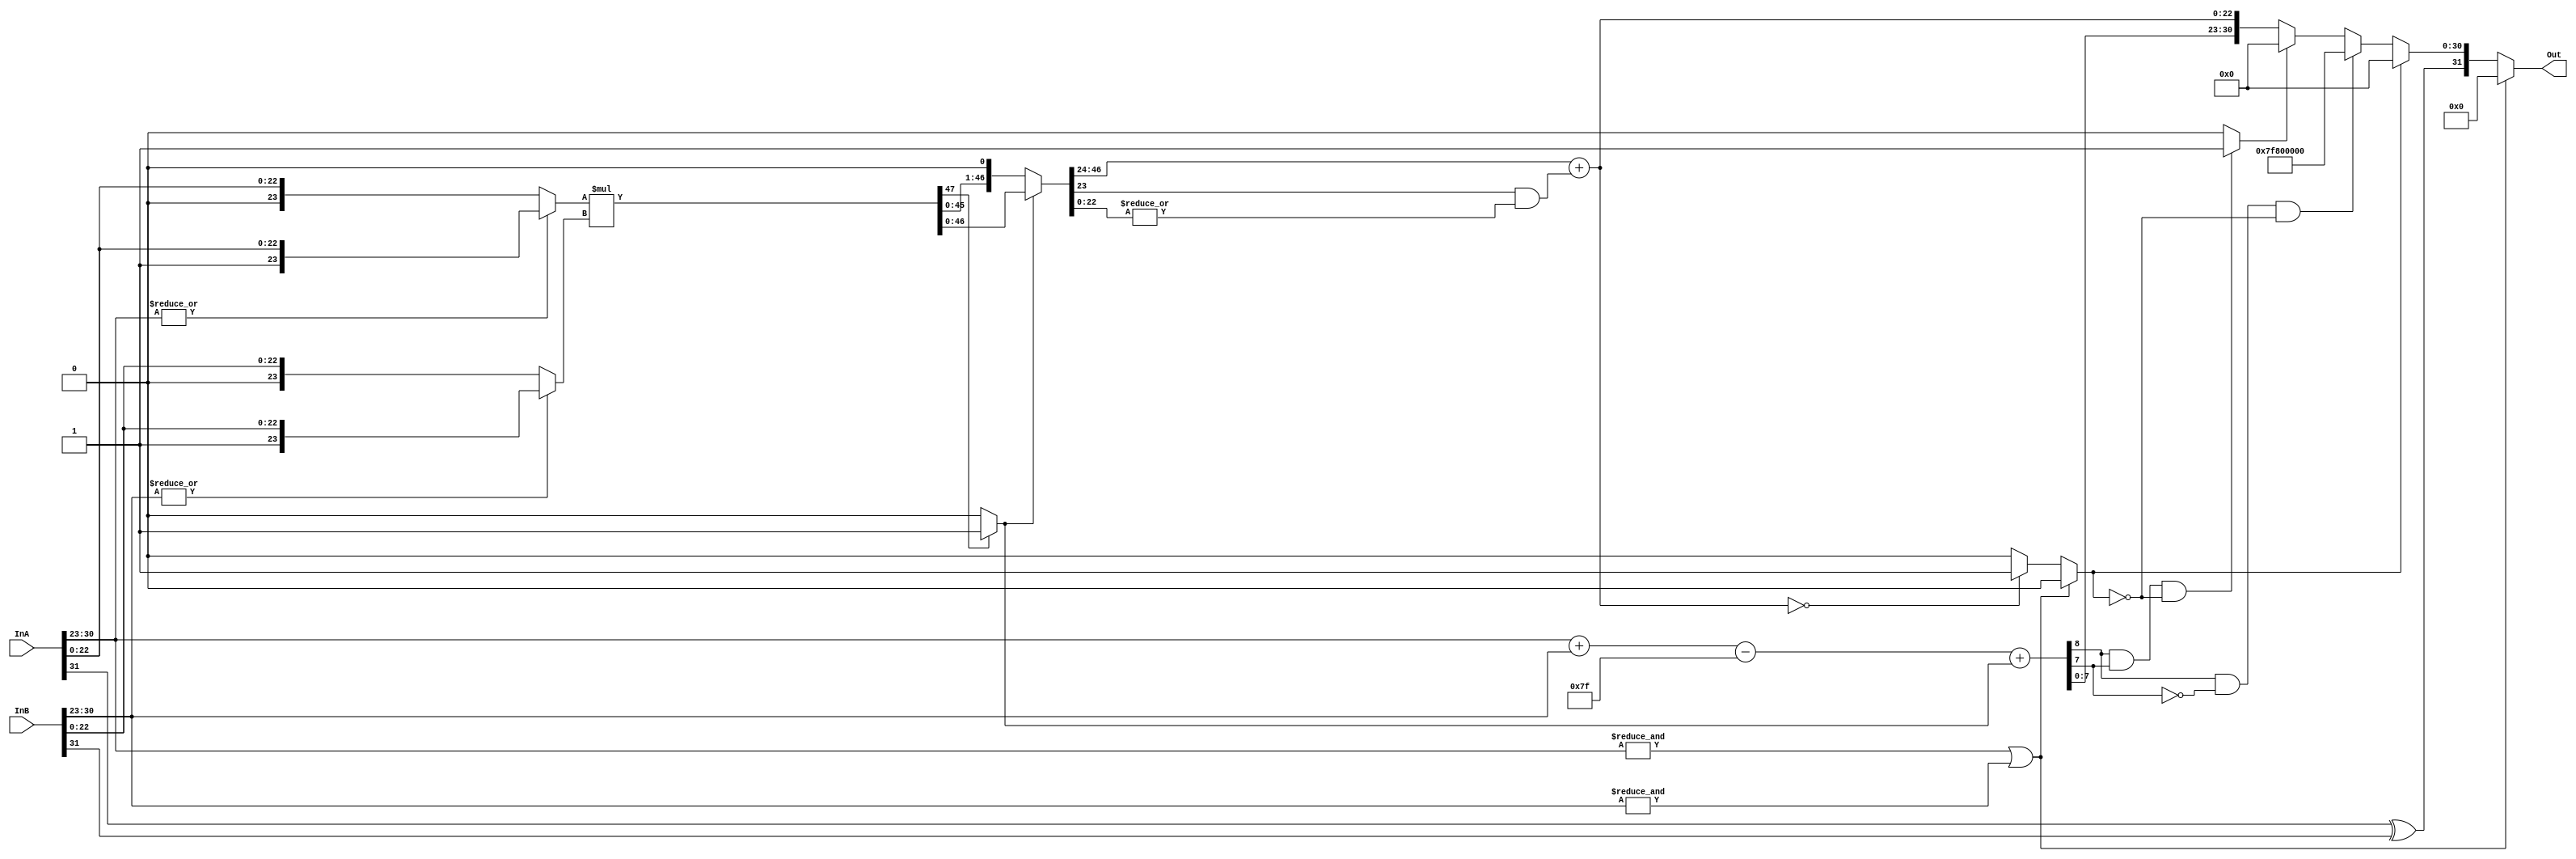
module Mul(
	input [31:0] InA,
	input [31:0] InB,
	output [31:0] Out
	);

	wire Sign,Rounded,PreExp,Zero;
	wire [8:0] Exp,SumExp;
	wire [22:0] Final;
	wire [23:0] TempA,TempB;
	wire [47:0] PreTempOut,TempOut;

	assign Sign = InA[31] ^ InB[31];
	assign Exception = (&InA[30:23]) | (&InB[30:23]);

	assign TempA = (|InA[30:23]) ? {1'b1,InA[22:0]} : {1'b0,InA[22:0]};
	assign TempB = (|InB[30:23]) ? {1'b1,InB[22:0]} : {1'b0,InB[22:0]};

	assign PreTempOut = TempA * TempB;			
	assign Rounded = |TempOut[22:0];  
	assign PreExp = PreTempOut[47] ? 1'b1 : 1'b0;	
	assign TempOut = PreExp ? PreTempOut : PreTempOut << 1;
	assign Final = TempOut[46:24] + (TempOut[23] & Rounded); 
	assign Zero = Exception ? 1'b0 : (Final == 23'd0) ? 1'b1 : 1'b0;
	assign SumExp = InA[30:23] + InB[30:23];
	assign Exp = SumExp - 8'd127 + PreExp;
	assign Overflow = ((Exp[8] & !Exp[7]) & !Zero) ; 
	assign Underflow = ((Exp[8] & Exp[7]) & !Zero) ? 1'b1 : 1'b0; 
	assign Out = Exception ? 32'd0 : Zero ? {Sign,31'd0} : Overflow ? {Sign,8'hFF,23'd0} : Underflow ? {Sign,31'd0} : {Sign,Exp[7:0],Final};


endmodule